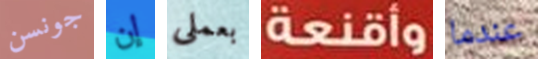
جونسن إن بعملى وأقنعة عندما